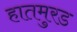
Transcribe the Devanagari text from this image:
हातमुरड